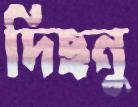
দিছনু